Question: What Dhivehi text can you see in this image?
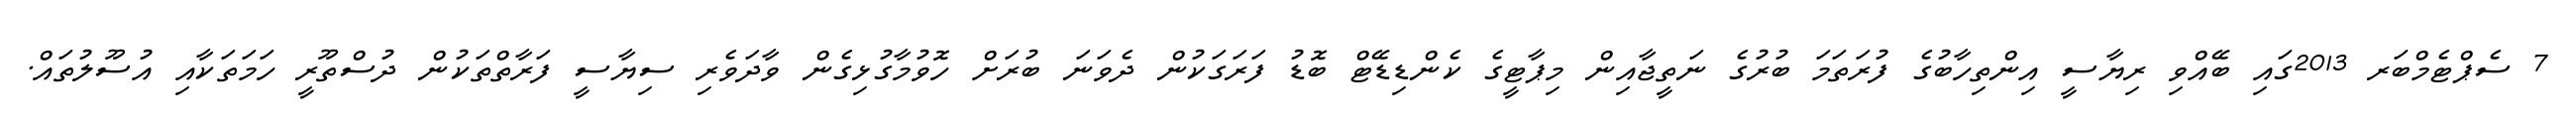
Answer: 7 ސެޕްޓެމްބަރ 2013ގައި ބޭއްވި ރިޔާސީ އިންތިހާބުގެ ފުރަތަމަ ބުރުގެ ނަތީޖާއިން މިޕާޓީގެ ކެންޑިޑޭޓް ބޮޑު ފަރަގަކުން ދެވަނަ ބުރަށް ހޮވުމާގުޅިގެން ވާދަވެރި ސިޔާސީ ފަރާތްތަކުން ދުސްތޫރީ ހަމަތަކާއި އުސޫލުތައް.